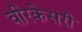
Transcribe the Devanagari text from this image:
वीरकेसरी